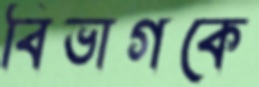
বিভাগকে